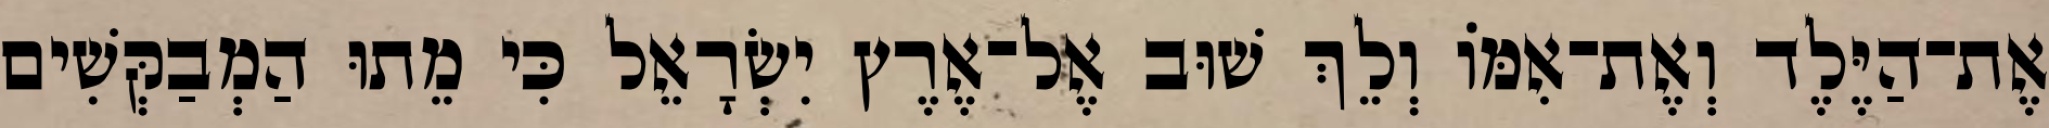
אֶת־הַיֶּלֶד וְאֶת־אִמּוֹ וְלֵךְ שׁוּב אֶל־אֶרֶץ יִשְׂרָאֵל כִּי מֵתוּ הַמְבַקְּשִׁים